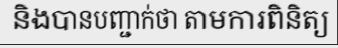
និងបានបញ្ជាក់ថា តាមការពិនិត្យ